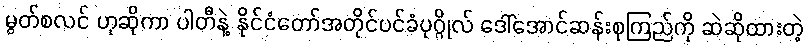
မွတ်စလင် ဟုဆိုကာ ပါတီနဲ့ နိုင်ငံတော်အတိုင်ပင်ခံပုဂ္ဂိုလ် ဒေါ်အောင်ဆန်းစုကြည်ကို ဆဲဆိုထားတဲ့